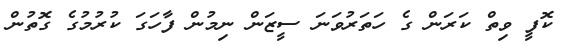
ކޮފީ ވިތް ކަރަން ގެ ހަތަރުވަނަ ސީޒަން ނިމުން ފާހަގަ ކުރުމުގެ ގޮތުން